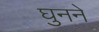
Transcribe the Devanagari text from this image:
घुनने